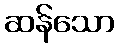
ဆန်သော